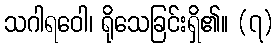
သဂါရဝေါ၊ ရိုသေခြင်းရှိ၏။ (၇)